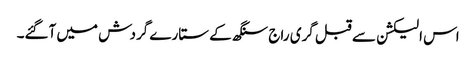
اس الیکشن سے قبل گری راج سنگھ کے ستارے گردش میں آگئے۔